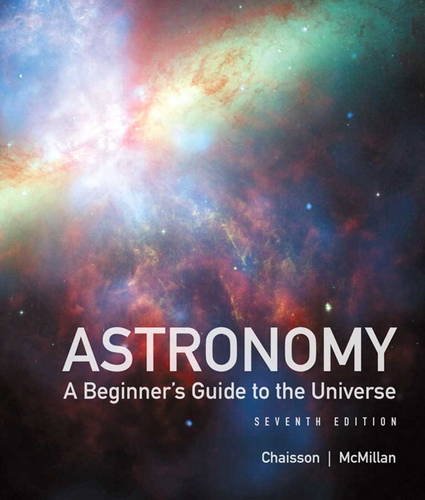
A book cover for Astronomy: A Beginner's Guide to the Universe (7th Edition); Eric Chaisson; Science & Math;